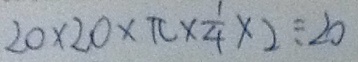
2 0 \times 2 0 \times \pi \times \frac { 1 } { 4 } \times 2 \div 2 0